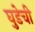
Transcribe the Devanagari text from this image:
घुडेची